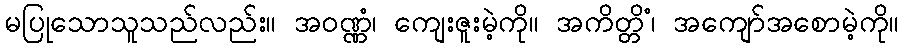
မပြုသောသူသည်လည်း။ အဝဏ္ဏံ၊ ကျေးဇူးမဲ့ကို။ အကိတ္တိံ၊ အကျော်အစောမဲ့ကို။